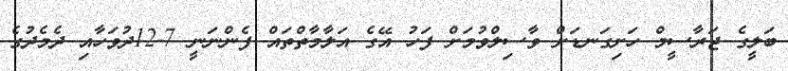
ބަލީގެ ޖަރާސީމް ހަށިގަނޑަށް ވާސިލްވުމަށް ފަހު އޭގެ އަލާމާތްތައް ފެންނަނީ 7-12ދުވަހާއި ދެމެދުގެ